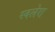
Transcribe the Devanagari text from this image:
स्वलेरा